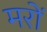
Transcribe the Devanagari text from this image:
मरों